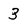
Character: 3